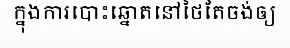
ក្នុងការបោះឆ្នោតនៅថៃតែចង់ឲ្យ